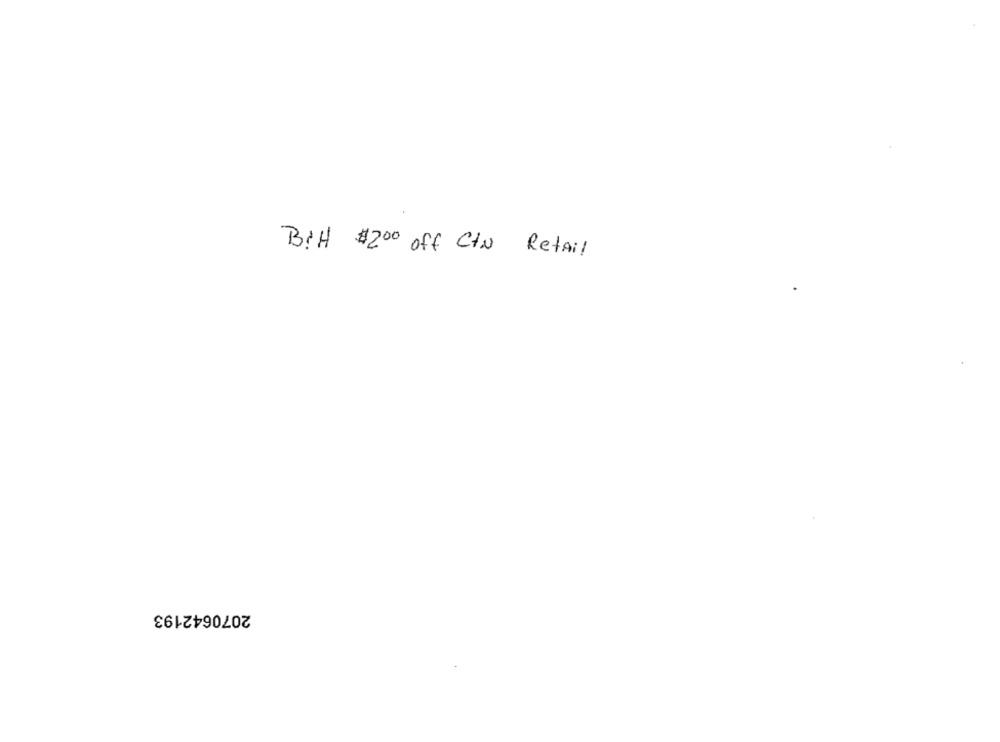
BPH $2.00 off Ctv Retail
2070642193